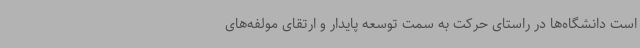
است دانشگاه‌ها در راستای حرکت به سمت توسعه پایدار و ارتقای مولفه‌های